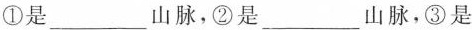
①是___山脉，②是___山脉，③是